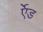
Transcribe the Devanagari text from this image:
र्एेड